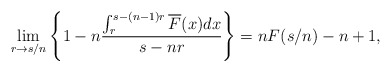
\begin{align*}\lim_{r\rightarrow{s/n}}\left\{ 1- n\frac{\int_{r}^{s-(n-1)r}\overline{F}(x)dx}{s-nr} \right\} = nF(s/n) - n +1,\end{align*}